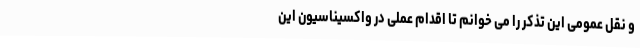
و نقل عمومی این تذکر را می خوانم تا اقدام عملی در واکسیناسیون این